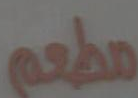
مطعم